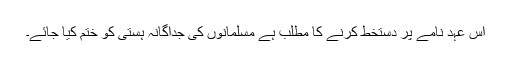
اس عہد نامے پر دستخط کرنے کا مطلب ہے مسلمانوں کی جداگانہ ہستی کو ختم کیا جائے۔